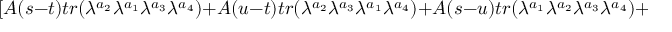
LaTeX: [ A ( s - t ) t r ( \lambda ^ { a _ { 2 } } \lambda ^ { a _ { 1 } } \lambda ^ { a _ { 3 } } \lambda ^ { a _ { 4 } } ) + A ( u - t ) t r ( \lambda ^ { a _ { 2 } } \lambda ^ { a _ { 3 } } \lambda ^ { a _ { 1 } } \lambda ^ { a _ { 4 } } ) + A ( s - u ) t r ( \lambda ^ { a _ { 1 } } \lambda ^ { a _ { 2 } } \lambda ^ { a _ { 3 } } \lambda ^ { a _ { 4 } } ) + 3 \leftrightarrow 4 ]